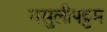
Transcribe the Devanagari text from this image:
मसुलीपट्टम